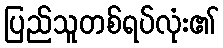
ပြည်သူတစ်ရပ်လုံး၏